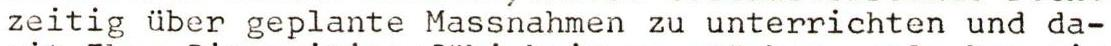
zeitig über geplante Massnahmen zu unterrichten und da-